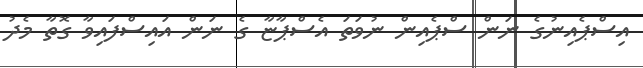
އިސްޕެއިނުގެ ނަން ސްޕެއިން ނުވަތަ އެސްޕާޏާ ގެ ނަން އައިސްފައިވާ ގޮތާ މެދު